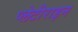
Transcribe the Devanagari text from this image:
प्लेटीराइन